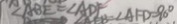
\angle A B E = \angle A D F \angle A F D = 9 0 ^ { \circ }